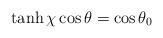
LaTeX: \begin{align*}\tanh \chi \cos \theta =\cos \theta _{0} \end{align*}